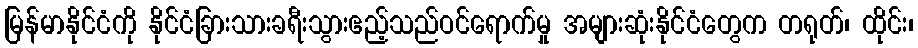
မြန်မာနိုင်ငံကို နိုင်ငံခြားသားခရီးသွားဧည့်သည်ဝင်ရောက်မှု အများဆုံးနိုင်ငံတွေက တရုတ်၊ ထိုင်း၊